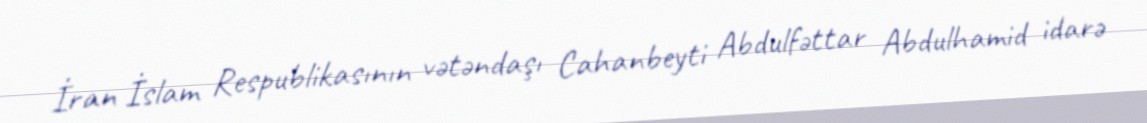
İran İslam Respublikasının vətəndaşı Cahanbeyti Abdulfəttar Abdulhamid idarə